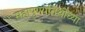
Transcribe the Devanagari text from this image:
महापुण्यतिथीच्या